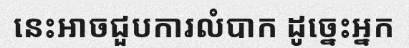
នេះអាចជួបការលំបាក ដូច្នេះអ្នក